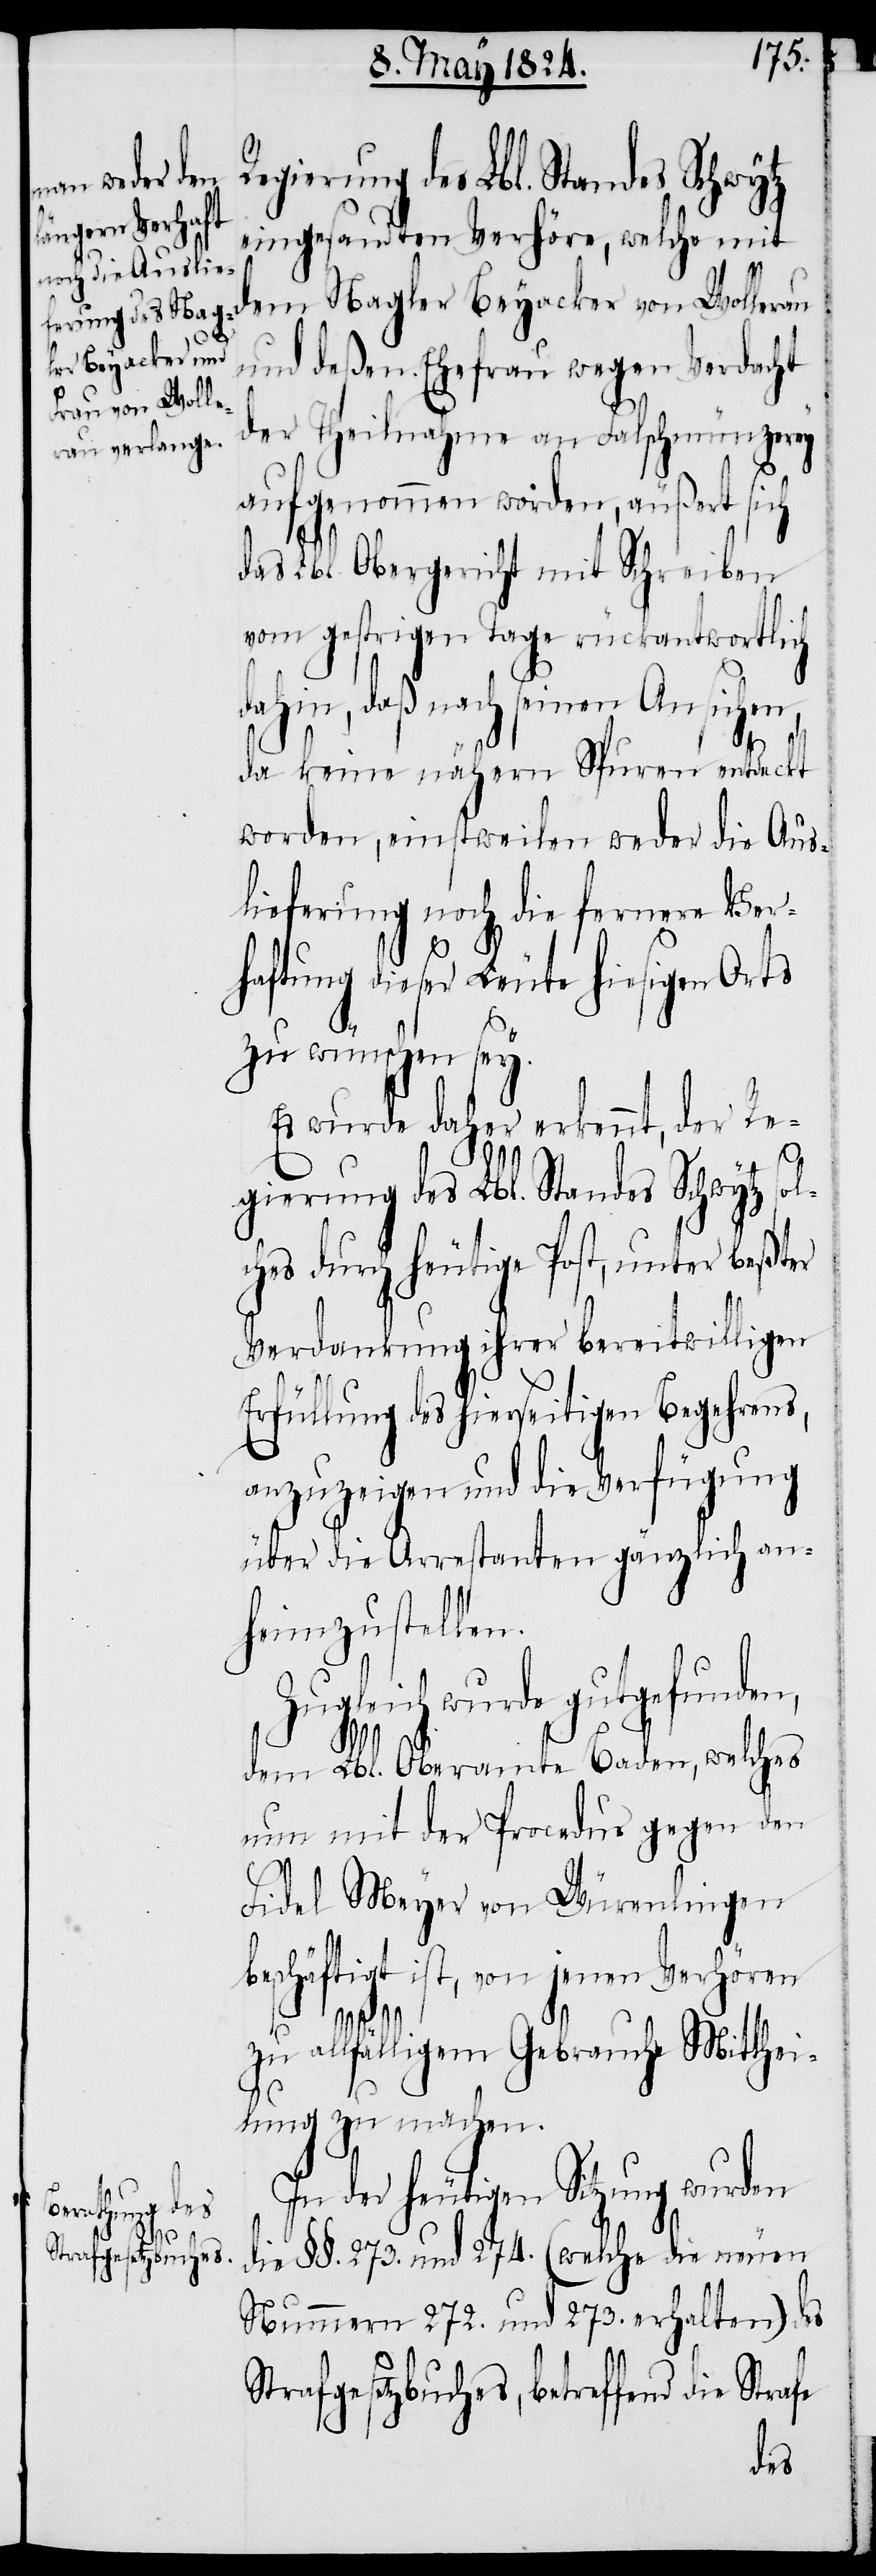
Strafgesetzbuches,

ingesandten Verhöre, welche mit
dem Nagler Beyacker von Wollerau
und deßen Ehefrau wegen Verdacht
der Theilnahme an Falschmünzerey
aufgenommen worden, äußert sich
das Lbl. Obergericht mit Schreiben
vom gestrigen Tage rückantwortlich
dahin, daß nach seinen Ansich[t]en
die
da keine nähern Spuren entdeckt
worden, einstweilen weder die Aus¬
lieferung noch die fernere Ver¬
haftung dieser Leute hiesigen Orts
zu wünschen sey.
Es wurde daher erkennt, der Re¬
gierung des Lbl. Standes Schwytz s¬
ches durch heutige Post, unter beßter
Verdankung ihrer bereitwilligen
Erfüllung des hierseitigen Begehrens,
anzuzeigen und die Verfügung
über die Arrestanten gänzlich an¬
heimzustellen.
Zugleich wurde gutgefunden,
dem Lbl. Oberamte Baden, welches
nun mit der Procedur gegen den
Fidel Meyer von Würenlingen
beschäftigt ist, von jenen Verhören
zu allfälligem Gebrauche Mitthei¬
lung zu machen.
In der heutigen Sitzung wurden
die §§. 273. und 274. (welche die neuen
Nummern 272. und 273. erhalten) des